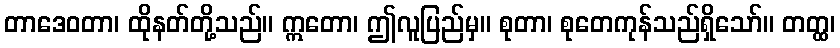
တာဒေဝတာ၊ ထိုနတ်တို့သည်။ ဣတော၊ ဤလူပြည်မှ။ စုတာ၊ စုတေကုန်သည်ရှိသော်။ တတ္ထ၊